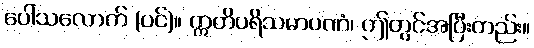
ပေါ်သလောက် (ပင်)။ ဣတိပရိသမာပဏံ၊ ဤတွင်အပြီးတည်း။